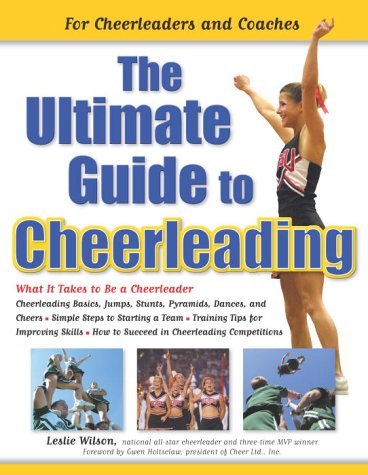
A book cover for The Ultimate Guide to Cheerleading: For Cheerleaders and Coaches; Leslie Wilson; Sports & Outdoors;